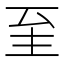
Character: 𦤳